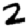
Digit: 2